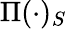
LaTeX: \Pi(\cdot)_{S}